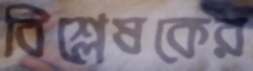
বিশ্লেষকের